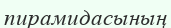
пирамидасының